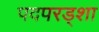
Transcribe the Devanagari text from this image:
पदपरड्शा